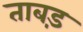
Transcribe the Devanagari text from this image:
ताबड़